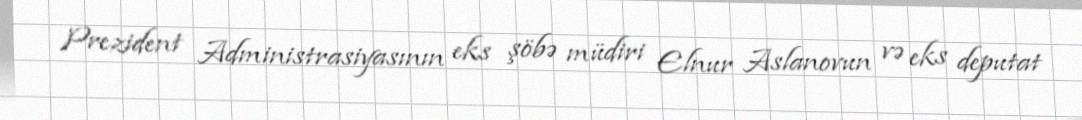
Prezident Administrasiyasının eks şöbə müdiri Elnur Aslanovun və eks deputat